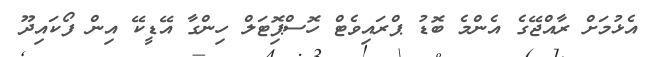
އެޅުމަށް ރާއްޖޭގެ އެންމެ ބޮޑު ޕްރައިވެޓް ހޮސްޕޮިޓަލް ހިންގާ އޭޑީކޭ އިން ފޯކައިދޫ